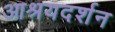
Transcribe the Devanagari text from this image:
आश्रयदर्शन